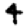
Digit: 4